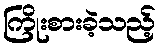
ကြိုးစားခဲ့သည့်